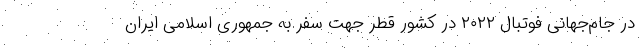
در جام‌جهانی فوتبال ۲۰۲۲ در کشور قطر جهت سفر به جمهوری اسلامی ایران